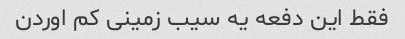
فقط این دفعه یه سیب زمینی کم اوردن